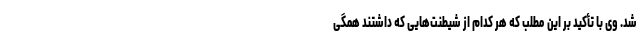
شد. وی با تأکید بر این مطلب که هر کدام از شیطنت‌هایی که داشتند همگی